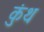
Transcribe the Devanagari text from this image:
कुंथ